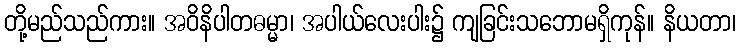
တို့မည်သည်ကား။ အဝိနိပါတဓမ္မာ၊ အပါယ်လေးပါး၌ ကျခြင်းသဘောမရှိကုန်။ နိယတာ၊